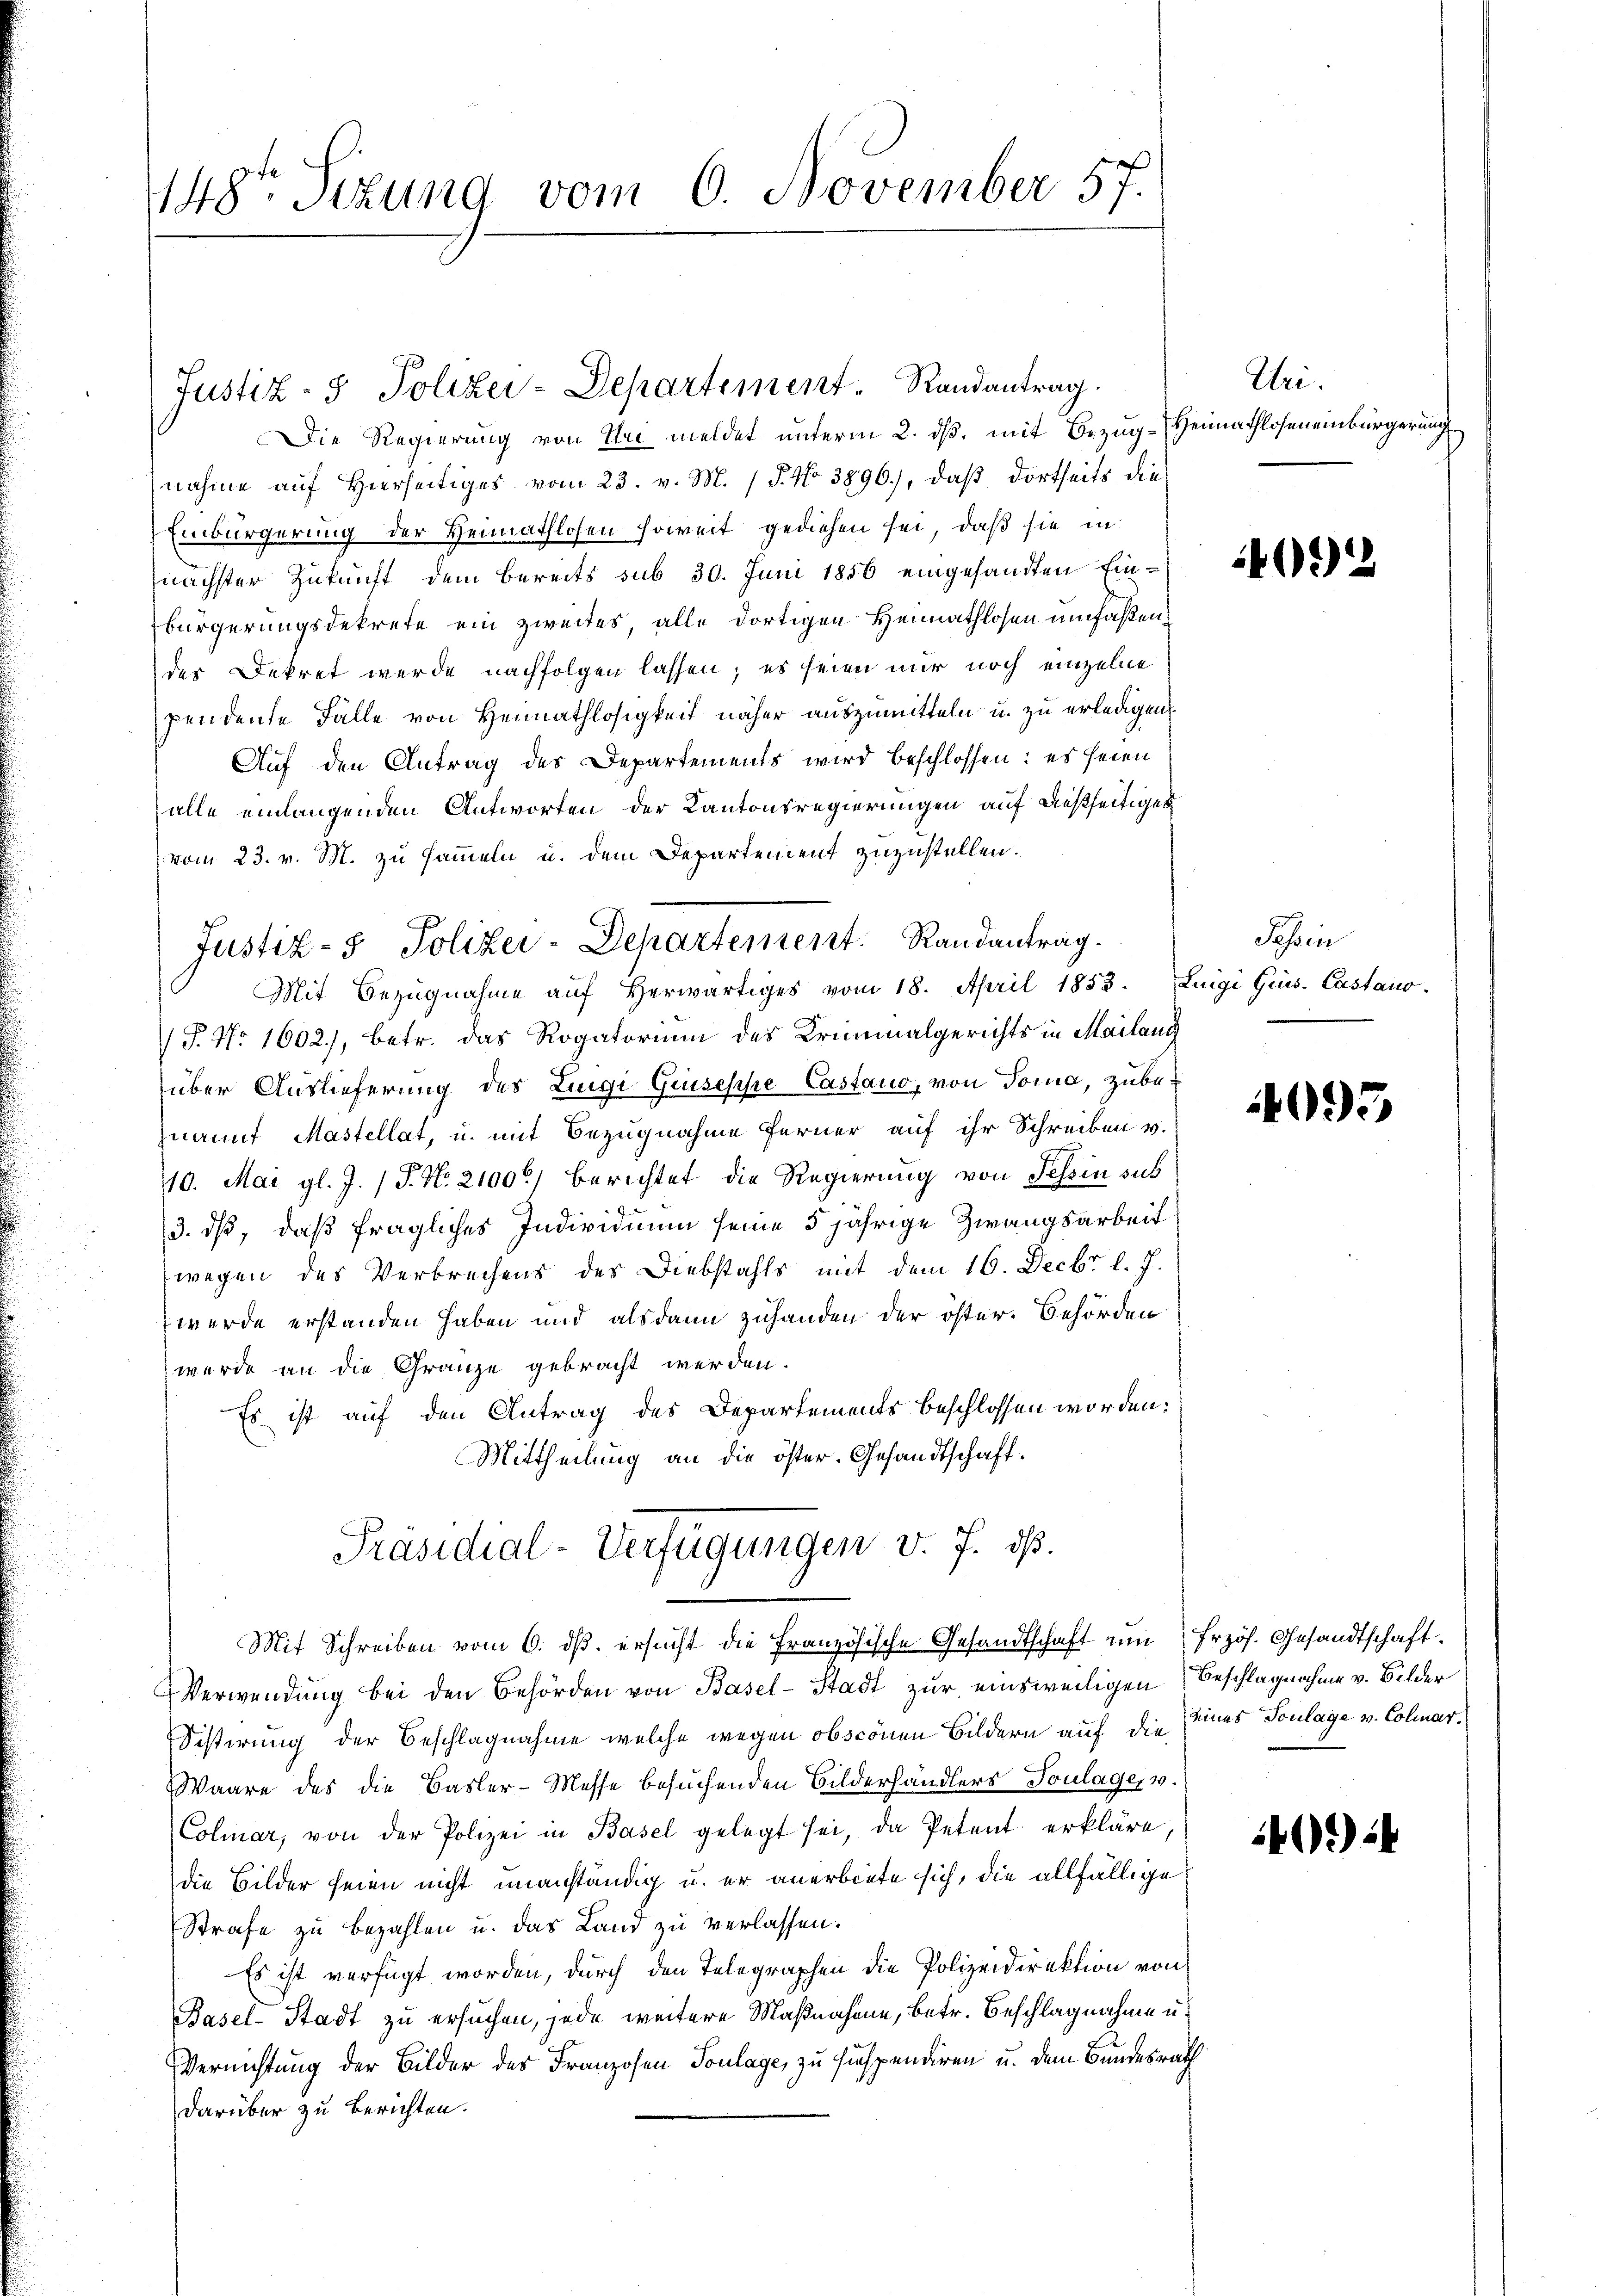
148te Situng vom 6. November 57.

Die Regierung von Uri meldet unterm 2. dß, mit Bezug-Heimathloseneinbürgerung
nahme auf Hierseitiges vom 23. v. M. / P. No 3896), daß dortseits die
Einbürgerung der Heimathlosen soweit gediehen sei, daß sie in
nächster Zukunft dem bereits sub 30. Juni 1856 eingesandten Einbürgerungsdekrete ein zweites alle dortigen Heimathlosen umfaßender Dekret werde nachfolgen lassen; es seien nur noch einzelne
pendente Falle von Heimathlosigkeit näher auszumitteln u. zu erledigen
Auf den Antrag des Departements wird beschlossen: es seien
alle einlangenden Antworten der Kantonsregierungen auf Außseitiget
vom 23. v. M. zu sammeln u. dem Departement zuzustellen.
Mit Bezŭgnahme aŭf herwärtiges vom 18. April 1853. Luigi Grus. Castano-
(P. Nr 1602), betr. das Rogatorium des Kriminalgerichts in Mailang
über Auslieferung des Luigi Giuseppe Castano, von Toma, zubeznannt Mastellat, u. mit Bezugnahme ferner auf ihr Schreiben v.
10. Mai gl. J. (T. N. 2100) berichtet die Regierung von Tessin sub
3. dß, daß fragliches Individuum seine 5 jährige Zwangsarbeit
wegen des Verbrechens des Diebstahls mit dem 16. Decbr l. J.
werde erstanden haben und alsdann zuhanden der öster. Behörden
wurde an die Gränze gebracht werden.
Es ist auf den Antrag des Departements beschlossen worden:
Mittheilung an die öster. Gesandtschaft.
Präsidial-Verfügungen v. J. ds.
Mit Schreiben vom 6. dβ. ersŭcht die Französische Gesandtschaft ŭm frzös. Gesandtschaft
Verwendung bei den Behörden von Basel-Stadt zur einsweiligen Beschlagnahme v. Bilder
Sistirung der Beschlagnahme welche wegen obszönen Bildern auf die eines Toulage v. Colmar¬
Waare des die Basler-Messe besuchenden Bilderhändlers Toulage, v.
Colmar, von der Polizei in Basel gelegt sei, da Petent erkläre
die Bilder seien nicht unanständig u. er anerbiete sich, die allfällige
Strafe zu bezahlen u. das Land zu verlassen.
Es ist verfügt worden, durch den Telegraphen die Polizeidirektion von
Basel-Stadt zu ersuchen, jede weitere Maßnahme, betr. Beschlagnahme u.
Vernichtung der Bilder des Franzosen Toulage, zu suspendiren u. dem Bundesrath
darüber zu berichten.

Justiz- & Polizei-Departement Randantrag.

Justiz- & Polizei-Departement. Randantrag.

Uri.

092

Sehen

4093

141) 24